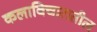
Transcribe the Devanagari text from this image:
कलाविचारातील